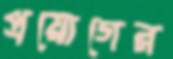
প্রয়োগের